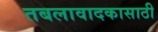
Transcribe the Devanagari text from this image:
तबलावादकासाठी